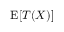
\operatorname { E } [ { \boldsymbol { T } } ( X ) ]